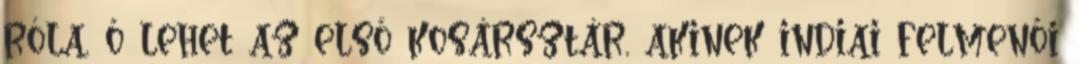
róla, ő lehet az első kosársztár, akinek indiai felmenői